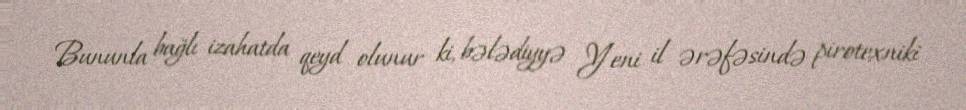
Bununla bağlı izahatda qeyd olunur ki, bələdiyyə Yeni il ərəfəsində pirotexniki